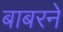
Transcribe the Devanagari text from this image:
बाबरने